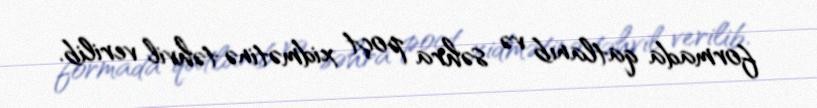
formada qatlanıb və səhra poçt xidmətinə təhvil verilib.